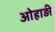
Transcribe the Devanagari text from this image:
ओहाड़ी